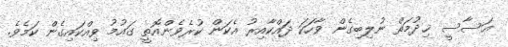
އަސާސީ ޚިދުމަތް ނުލިބިގެން ވާހަކަ ދައްކާއިރު އެކަން ކުރެވެންއޮތީ ގައުމު ވިއްކައިގެން ކަމެވެ.